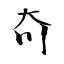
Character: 夼